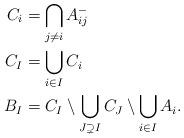
LaTeX: \begin{align*} C_i &= \bigcap_{j \ne i} A_{ij}^- \\ C_I &= \bigcup_{i \in I} C_i \\ B_I &= C_I \setminus \bigcup_{J \supsetneq I} C_J \setminus \bigcup_{i \in I} A_i.\end{align*}